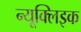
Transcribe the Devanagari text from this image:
न्यूक्‍लिइक